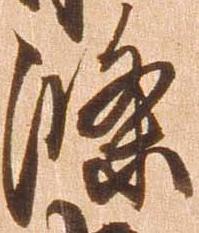
条